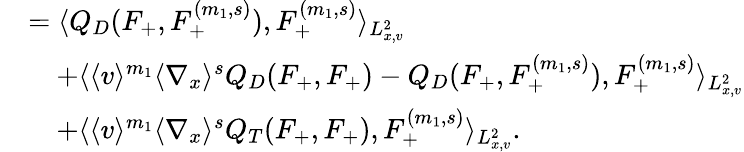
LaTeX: \begin{array}{rl}&{=\langle Q_{D}(F_{+},F_{+}^{(m_{1},s)}),F_{+}^{(m_{1},s)}\rangle_{L_{x,v}^{2}}}\\ &{\quad+\langle\langle v\rangle^{m_{1}}\langle\nabla_{x}\rangle^{s}Q_{D}(F_{+},F_{+})-Q_{D}(F_{+},F_{+}^{(m_{1},s)}),F_{+}^{(m_{1},s)}\rangle_{L_{x,v}^{2}}}\\ &{\quad+\langle\langle v\rangle^{m_{1}}\langle\nabla_{x}\rangle^{s}Q_{T}(F_{+},F_{+}),F_{+}^{(m_{1},s)}\rangle_{L_{x,v}^{2}}.}\end{array}